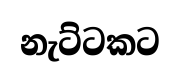
නැට්ටකට